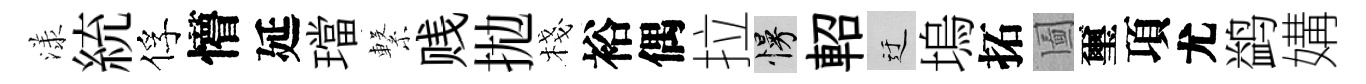
漾統俘懵延璫繋贱拋棧裕偶拉慢軺迂塢拓圗璽項尤鹢媾